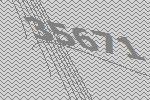
35671